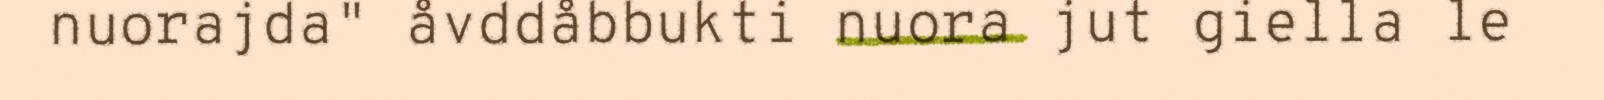
nuorajda" åvddåbbukti nuora jut giella le